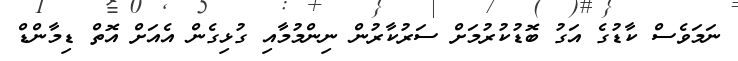
ނަމަވެސް ކާޑުގެ އަގު ބޮޑުކުރުމަށް ސަރުކާރުން ނިންމުމާއި ގުޅިގެން އެއަށް އޮތް ޑިމާންޑް